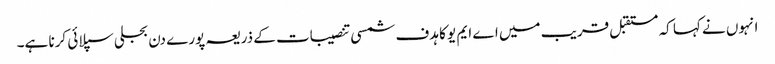
انہوں نے کہا کہ مستقبل قریب میں اے ایم یو کا ہدف شمسی تنصیبات کے ذریعہ پورے دن بجلی سپلائی کرنا ہے۔